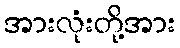
အားလုံးတို့အား